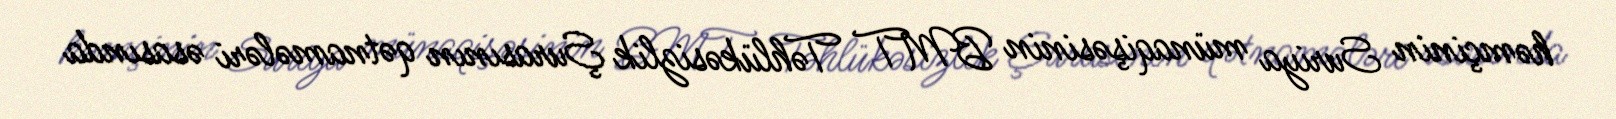
həmçinin Suriya münaqişəsinin BMT Təhlükəsizlik Şurasının qətnamələri əsasında